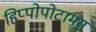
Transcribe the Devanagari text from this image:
हिप्पोपोटामस